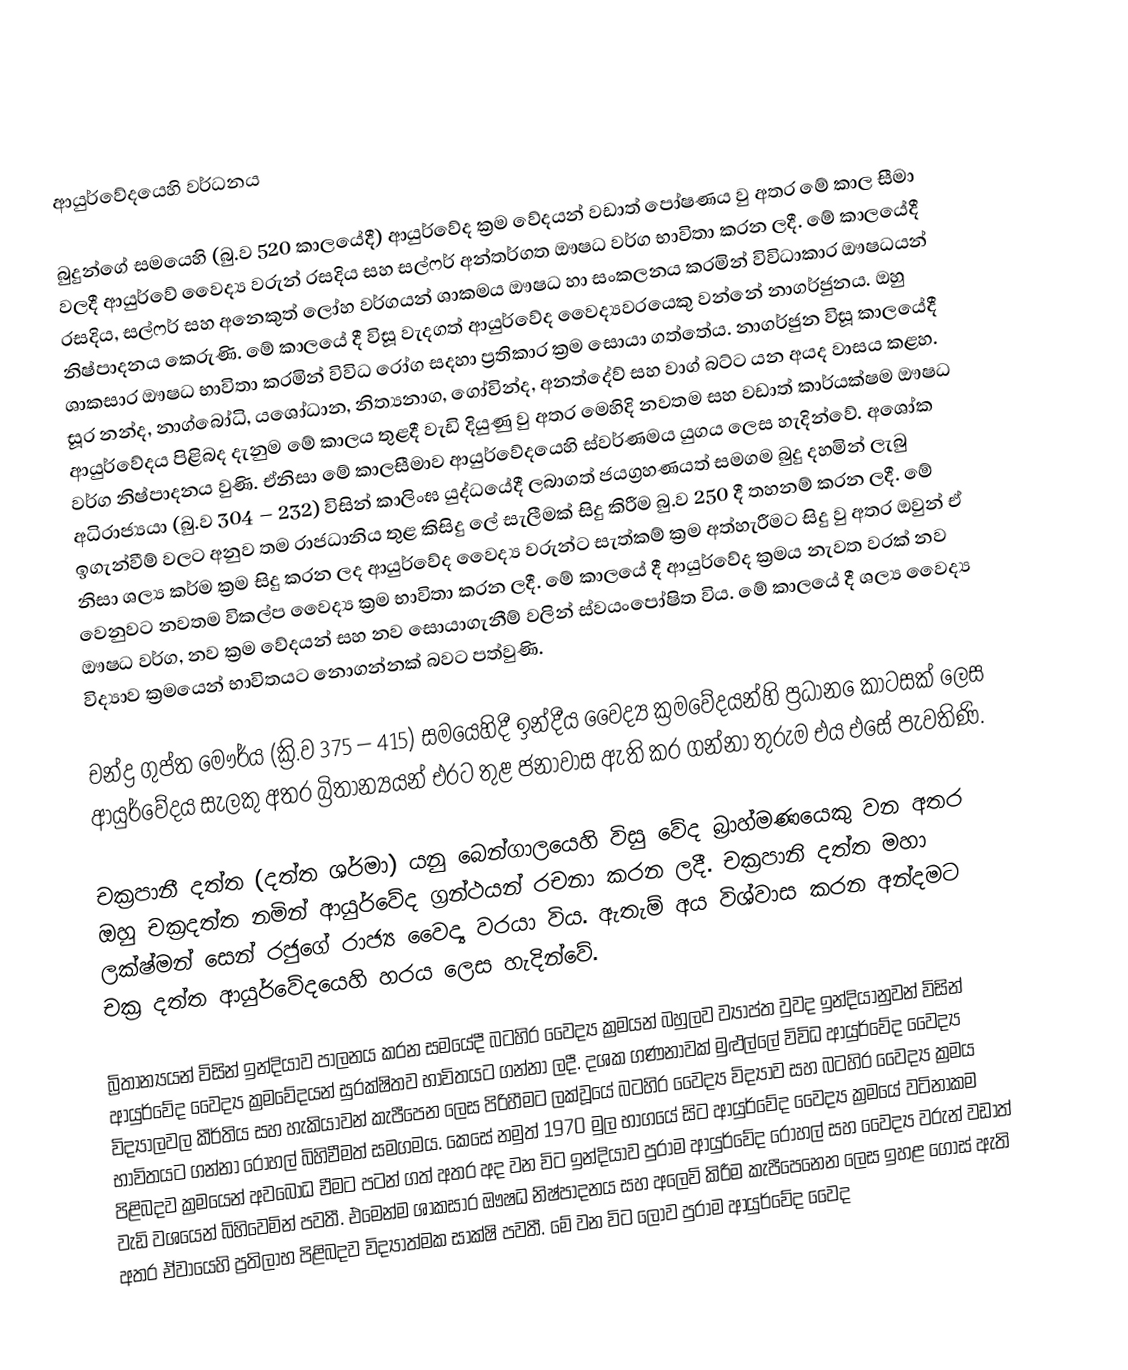

ආයුර්වේදයෙහි වර්ධනය

බුදුන්ගේ සමයෙහි (බු.ව 520 කාලයේදී) ආයුර්වේද  ක්‍රම වේදයන් වඩාත් පෝෂණය වු අතර මේ කාල සීමා වලදී ආයුර්වේ වෛද්‍ය වරුන් රසදිය සහ සල්ෆර් අන්තර්ගත ඖෂධ වර්ග භාවිතා කරන ලදී. මේ කාලයේදී රසදිය, සල්ෆර් සහ අනෙකුත් ලෝහ වර්ගයන් ශාකමය ඖෂධ හා සංකලනය කරමින් විවිධාකාර ඖෂධයන් නිෂ්පාදනය කෙරුණි. මේ කාලයේ දී විසූ වැදගත් ආයුර්වේද වෛද්‍යවරයෙකු වන්නේ නාගර්ජුනය. ඔහු ශාකසාර ඖෂධ භාවිතා කරමින් විවිධ රෝග සදහා ප්‍රතිකාර ක්‍රම සොයා ගත්තේය.  නාගර්ජුන විසූ කාලයේදී සූර නන්ද, නාග්බෝධි, යශෝධාන, නිත්‍යනාග, ගෝවින්ද, අනත්දේව් සහ වාග් බට්ට යන අයද වාසය කළහ. ආයුර්වේදය පිළිබද දැනුම මේ කාලය තුළදී වැඩි දියුණු වු අතර මෙහිදි නවතම සහ වඩාත් කාර්යක්ෂම ඖෂධ වර්ග නිෂ්පාදනය වුණි. ඒනිසා මේ කාලසීමාව ආයුර්වේදයෙහි ස්වර්ණමය යුගය ලෙස හැදින්වේ. අශෝක අධිරාජ්‍යය‍ා (බු.ව 304 – 232) විසින් කාලිංඝ යුද්ධයේදී ලබාගත් ජයග්‍රහණයත් සමගම බුදු දහමින් ලැබු ඉගැන්වීම් වලට අනුව තම රාජධානිය තුළ කිසිදු ලේ සැලීමක් සිදු කිරීම බු.ව 250 දී තහනම් කරන ලදී. මේ නිසා ශල්‍ය කර්ම ක්‍රම සිදු කරන ලද ආයුර්වේද වෛද්‍ය වරුන්ට සැත්කම් ක්‍රම අත්හැරීමට සිදු වු අතර ඔවුන් ඒ වෙනුවට නවතම විකල්ප වෛද්‍ය ක්‍රම භාවිතා කරන ලදී. මේ කාලයේ දී ආයුර්වේද ක්‍රමය නැවත වරක් නව ඖෂධ වර්ග, නව ක්‍රම වේදයන් සහ නව සොයාගැනීම් වලින් ස්වයංපෝෂිත විය.  මේ කාලයේ දී ශල්‍ය වෛද්‍ය විද්‍යාව ක්‍රමයෙන් භාවිතයට නොගන්නක් බවට පත්වුණි.

චන්ද්‍ර ගුප්ත මෞර්ය (ක්‍රි.ව 375 – 415) සමයෙහිදී ඉන්දීය වෛද්‍ය ක්‍රමවේදයන්හි ප්‍රධාන  ‍ෙකාටසක් ලෙස ආයුර්වේදය සැලකු අතර බ්‍රිතාන්‍යයන් එරට තුළ ජනාවාස ඇති කර ගන්නා තුරුම එය එසේ පැවතිණි.

චක්‍රපානී දත්ත (දත්ත ශර්මා) යනු බෙන්ගාලයෙහි විසු වේද බ්‍රාහ්මණයෙකු වන අතර ඔහු චක්‍රදත්ත නමින් ආයුර්වේද ග්‍රන්ථයන් රචනා කරන ලදී. චක්‍රපානි දත්ත මහා ලක්ෂ්මන් සෙන් රජුගේ රාජ්‍ය වෛද්‍ය වරයා විය. ඇතැම් අය විශ්වාස කරන අන්දමට චක්‍ර දත්ත ආයුර්වේදයෙහි  හරය ලෙස හැදින්වේ.

බ්‍රිතාන්‍යයන් විසින් ඉන්දියාව පාලනය කරන සමයේදී බටහිර වෛද්‍ය ක්‍රමයන් බහුලව ව්‍යාප්ත වුවද ඉන්දියානුවන් විසින් ආයුර්වේද වෛද්‍ය ක්‍රමවේදයන් සුරක්ෂිතව භාවිතයට ගන්නා ලදී. දශක ගණනාවක් මුළුල්‍ලේ විවිධ ආයුර්වේද වෛද්‍ය විද්‍යාලවල කීර්තිය සහ හැකියාවන් කැපීපෙන ලෙස පිරිහීමට ලක්වූයේ බටහිර වෛද්‍ය විද්‍යාව සහ බටහිර වෛද්‍ය ක්‍රමය භාවිතයට ගන්නා රෝහල් බිහිවීමත් සමගමය. කෙසේ නමුත් 1970 මුල භාගයේ සිට ආයුර්වේද වෛද්‍ය ක්‍රමයේ වටිනා‍කම  පිළිබදව ක්‍රමයෙන් අවබෝධ වීමට පටන් ගත් අතර අද වන විට ඉන්දියාව පුරාම ආයුර්වේද රෝහල් සහ වෛද්‍ය වරුන් වඩාත් වැඩි වශයෙන් බිහිවෙමින් පවතී. එමෙන්ම ශාකසාර ඖෂධ නිෂ්පාදනය සහ අලෙවි කිරීම කැපීපෙනෙන ලෙස ඉහළ ගොස් ඇති අතර ඒවායෙහි ප්‍රතිලාභ පිළිබදව විද්‍යාත්මක සාක්ෂි පවතී. මේ වන විට ලොව පුරාම ආයුර්වේද වෛද